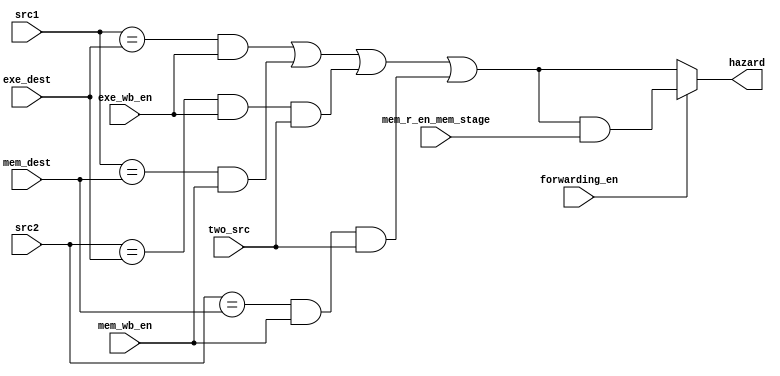
module hazard_detector (
        input mem_wb_en,
        input exe_wb_en,
        input two_src,
        input [3:0] mem_dest,
        input [3:0] exe_dest,
        input [3:0] src1,
        input [3:0] src2,
        input forwarding_en,
        input mem_r_en_mem_stage,

        output hazard
    );
    wire hazard1, hazard2, hazard3, hazard4;
    wire hazard_without_forwarding;
    wire hazard_with_forwarding;

    assign hazard1 = src1 == exe_dest && exe_wb_en;
    assign hazard2 = src1 == mem_dest && mem_wb_en;
    assign hazard3 = src2 == exe_dest && exe_wb_en && two_src;
    assign hazard4 = src2 == mem_dest && mem_wb_en && two_src;

    assign hazard_without_forwarding = hazard1 | hazard2 | hazard3 | hazard4;
    assign hazard_with_forwarding = hazard_without_forwarding & mem_r_en_mem_stage;

    assign hazard = forwarding_en ? hazard_with_forwarding : hazard_without_forwarding;
endmodule